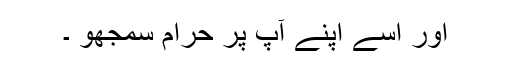
اور اسے اپنے آپ پر حرام سمجھو ۔